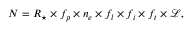
N = R _ { \star } \times f _ { p } \times n _ { e } \times f _ { l } \times f _ { i } \times f _ { t } \times \mathcal { L } ,